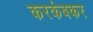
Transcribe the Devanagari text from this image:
करकंबकर